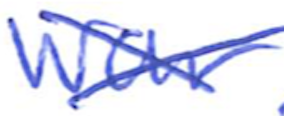
Text: War
Cross-out: cross
Writing tool: ballpoint